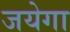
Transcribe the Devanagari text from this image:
जयेगा